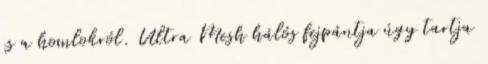
is a homlokról. Ultra Mesh hálós fejpántja úgy tartja